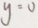
y = 0